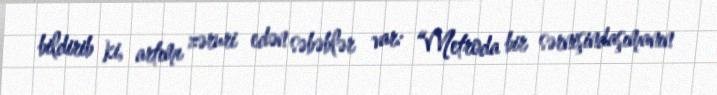
bildirib ki, artımı zəruri edən səbəblər var: “Metroda bir sərnişindaşımanın